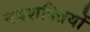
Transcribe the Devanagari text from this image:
नवशक्तियों